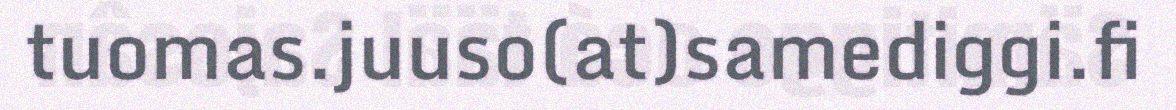
tuomas.juuso(at)samediggi.fi